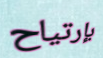
بإرتياح